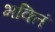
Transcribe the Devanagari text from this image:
भक्तिं